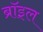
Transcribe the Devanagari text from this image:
ब्रॉइल